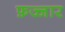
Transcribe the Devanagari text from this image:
फ़ज्जार